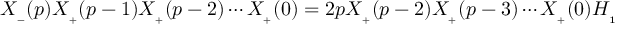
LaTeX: X _ { _ { - } } ( p ) X _ { _ { + } } ( p - 1 ) X _ { _ { + } } ( p - 2 ) \cdots X _ { _ { + } } ( 0 ) = 2 p X _ { _ { + } } ( p - 2 ) X _ { _ { + } } ( p - 3 ) \cdots X _ { _ { + } } ( 0 ) { \cal H } _ { _ { 1 } }